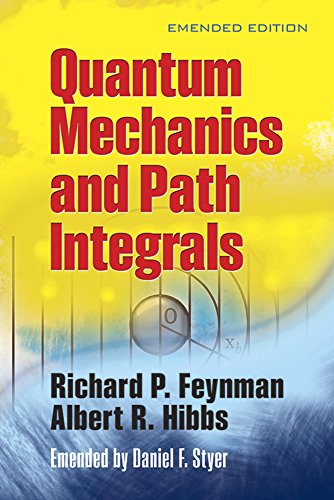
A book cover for Quantum Mechanics and Path Integrals: Emended Edition (Dover Books on Physics); Richard P. Feynman; Science & Math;